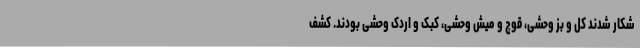
شکار شدند کل و بز وحشی، قوچ و میش وحشی، کبک و اردک وحشی بودند. کشف